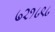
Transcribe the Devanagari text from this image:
७२१८९८